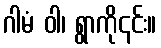
ဂါမံ ဝါ၊ ရွာကို၎င်း။